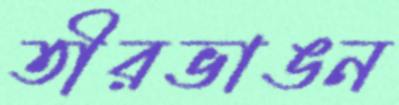
তীরভাঙন